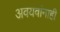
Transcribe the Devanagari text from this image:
अवयवांनाही